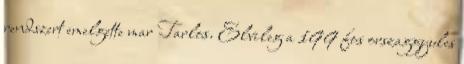
rendszert emelgette mar Tarlos. Elvileg a 199 fos orszaggyules